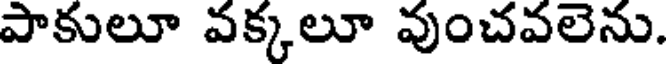
పాకులూ వక్కలూ వుంచవలెను.